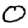
Digit: 0